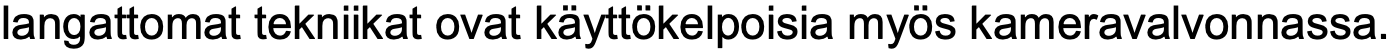
langattomat tekniikat ovat käyttökelpoisia myös kameravalvonnassa.